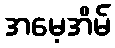
အမေ့အိမ်